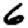
Digit: 6